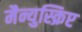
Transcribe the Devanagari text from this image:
मैन्युस्क्रिप्ट